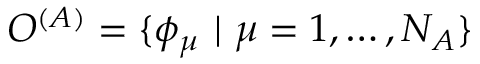
O ^ { ( A ) } = \{ \phi _ { \mu } \ | \ \mu = 1 , \ldots , N _ { A } \}